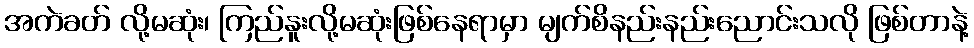
အကဲခတ် လို့မဆုံး၊ ကြည်နူးလို့မဆုံးဖြစ်နေရာမှာ မျက်စိနည်းနည်းညောင်းသလို ဖြစ်တာနဲ့